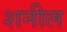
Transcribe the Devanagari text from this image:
शनील